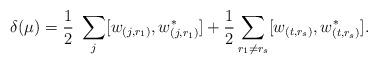
LaTeX: \begin{align*}\delta(\mu)=\frac{1}{2}\,\,\sum_{ j} [w_{(j,r_1)},w^*_{(j,r_1)}]+\frac{1}{2}\sum_{r_1\neq r_s} [w_{(t,r_s)},w^*_{(t,r_s)}].\end{align*}